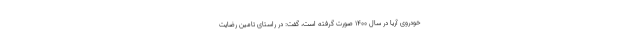
خودروی آریا در سال ۱۴۰۰ صورت گرفته است، گفت: در راستای تامین رضایت